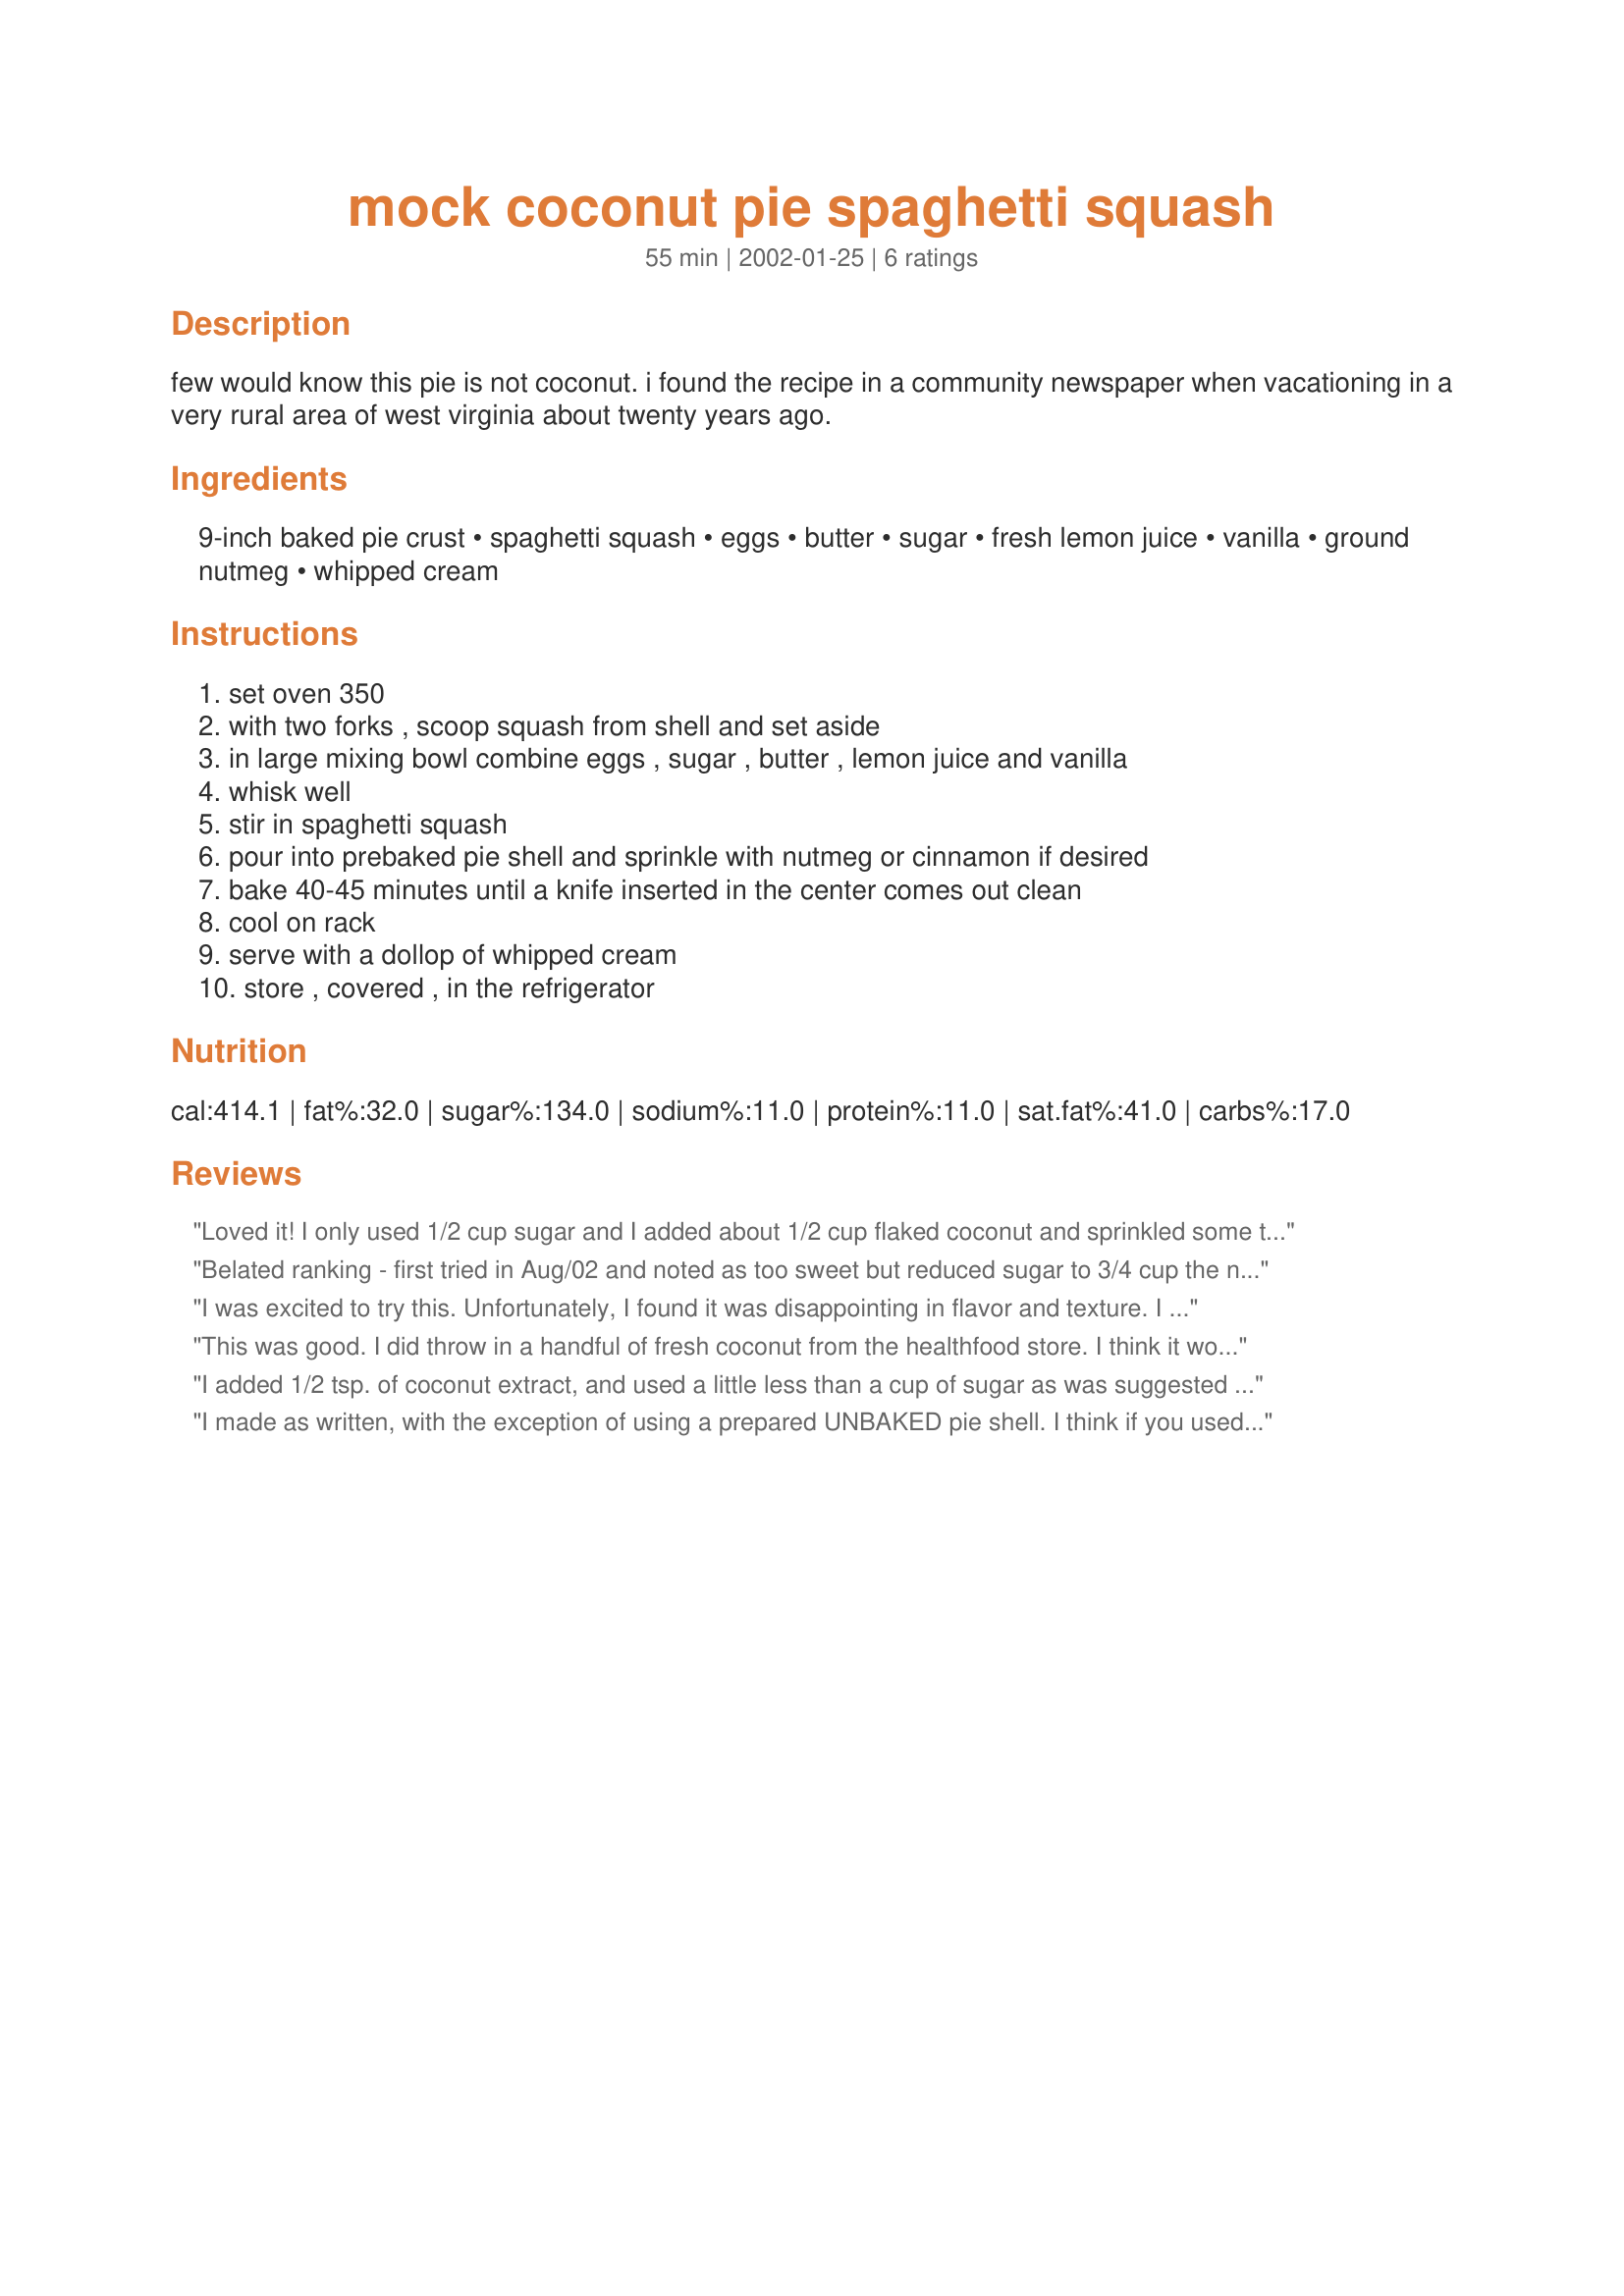
mock coconut pie spaghetti squash
Preparation time: 55 minutes

few would know this pie is not coconut. i found the recipe in a community newspaper when vacationing in a very rural area of west virginia about twenty years ago.

Ingredients:
9-inch baked pie crust, spaghetti squash, eggs, butter, sugar, fresh lemon juice, vanilla, ground nutmeg, whipped cream

Steps:
set oven 350, with two forks , scoop squash from shell and set aside, in large mixing bowl combine eggs , sugar , butter , lemon juice and vanilla, whisk well, stir in spaghetti squash, pour into prebaked pie shell and sprinkle with nutmeg or cinnamon if desired, bake 40-45 minutes until a knife inserted in the center comes out clean, cool on rack, serve with a dollop of whipped cream, store , covered , in the refrigerator

Reviews:
Loved it! I only used 1/2 cup sugar and I added about 1/2 cup flaked coconut and sprinkled some toasted coconut on the pie crust before the filling and then on top of the filling before baking. I did pre-bake my crust (homemade) and the crust was not overdone. My husband refuses to eat any squash and I made him taste this before I told him what was in it. He loved it too and wanted more.
Belated ranking - first tried in Aug/02 and noted as too sweet but reduced sugar to 3/4 cup the next time in Sept/02. Have made this several times since then and handed out recipe upon request.
I was excited to try this. Unfortunately, I found it was disappointing in flavor and texture. I even added the coconut extract and decreased the sugar as suggested by others. I won't try this one again --sorry.
This was good. I did throw in a handful of fresh coconut from the healthfood store. I think it would be more convincing with coconut extract added. What a fun recipe. Thanks for sharing!
I added 1/2 tsp. of coconut extract, and used a little less than a cup of sugar as was suggested by Karen. The flavor was good and the squash stays crisp, giving the pie a nice crunch. Next time I will chop up the squash after I scoop it from the shell as it made the pie "stringy". I just love a dessert made with something healthy, my DH and 4 yr old loved it!!! I did not let on that is was made with squash. Thanks for a great recipe.
I made as written, with the exception of using a prepared UNBAKED pie shell. I think if you used a pre-baked shell and then baked another 40 minutes you would have a very burnt crust. We liked the texture and flavor of this, but I would follow the advice of previous reviewers and add some coconut extract and less sugar next time.
